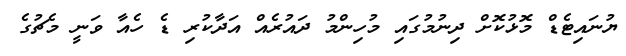
ޔުނައިޓެޑް މޮޅުކޮށް ދިނުމުގައި މުހިންމު ދައުރެއް އަދާކުރި ޑެ ހެއާ ވަނީ މެޗުގެ